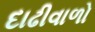
દાઢીવાળો